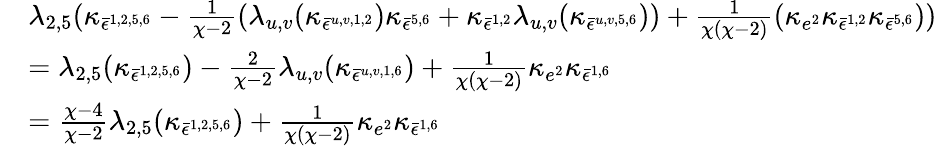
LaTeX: \begin{array}{rl}&{\lambda_{2,5}(\kappa_{\bar{\epsilon}^{1,2,5,6}}-\frac{1}{\chi-2}(\lambda_{u,v}(\kappa_{\bar{\epsilon}^{u,v,1,2}})\kappa_{\bar{\epsilon}^{5,6}}+\kappa_{\bar{\epsilon}^{1,2}}\lambda_{u,v}(\kappa_{\bar{\epsilon}^{u,v,5,6}}))+\frac{1}{\chi(\chi-2)}(\kappa_{e^{2}}\kappa_{\bar{\epsilon}^{1,2}}\kappa_{\bar{\epsilon}^{5,6}}))}\\ &{=\lambda_{2,5}(\kappa_{\bar{\epsilon}^{1,2,5,6}})-\frac{2}{\chi-2}\lambda_{u,v}(\kappa_{\bar{\epsilon}^{u,v,1,6}})+\frac{1}{\chi(\chi-2)}\kappa_{e^{2}}\kappa_{\bar{\epsilon}^{1,6}}}\\ &{=\frac{\chi-4}{\chi-2}\lambda_{2,5}(\kappa_{\bar{\epsilon}^{1,2,5,6}})+\frac{1}{\chi(\chi-2)}\kappa_{e^{2}}\kappa_{\bar{\epsilon}^{1,6}}}\end{array}